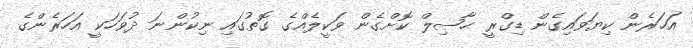
އަހަރެން ކިޔަވައިގެން ޑިގްރީ ޙާޞިލް ކޮށްގެން ވަކީލެއްގެ ގޮތުގައި ނިކުންނަ ދުވަހަކީ އަހަރެންގެ